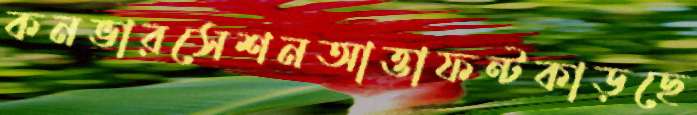
কনভারসেশনআত্তাফন্টকাড়ছে